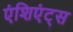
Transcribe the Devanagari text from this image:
एंशिएंट्स